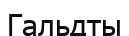
Гальдты